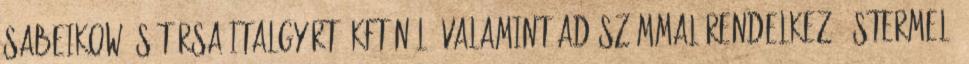
Sabeikow és Társa Italgyártó KFT-nél. Valamint adószámmal rendelkező őstermelő